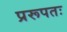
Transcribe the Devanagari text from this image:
प्ररूपतः